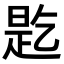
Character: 𬼲